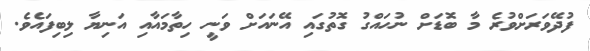
ފުދޭވަރަށްވުރެ މާ ބޮޑަށް ނުހައްގު ގޮތުގައި އޭނައަށް ވަނީ ހިތާމައާއި އަނިޔާ ލިބިފައެވެ.